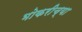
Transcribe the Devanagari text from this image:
भोकरीच्या